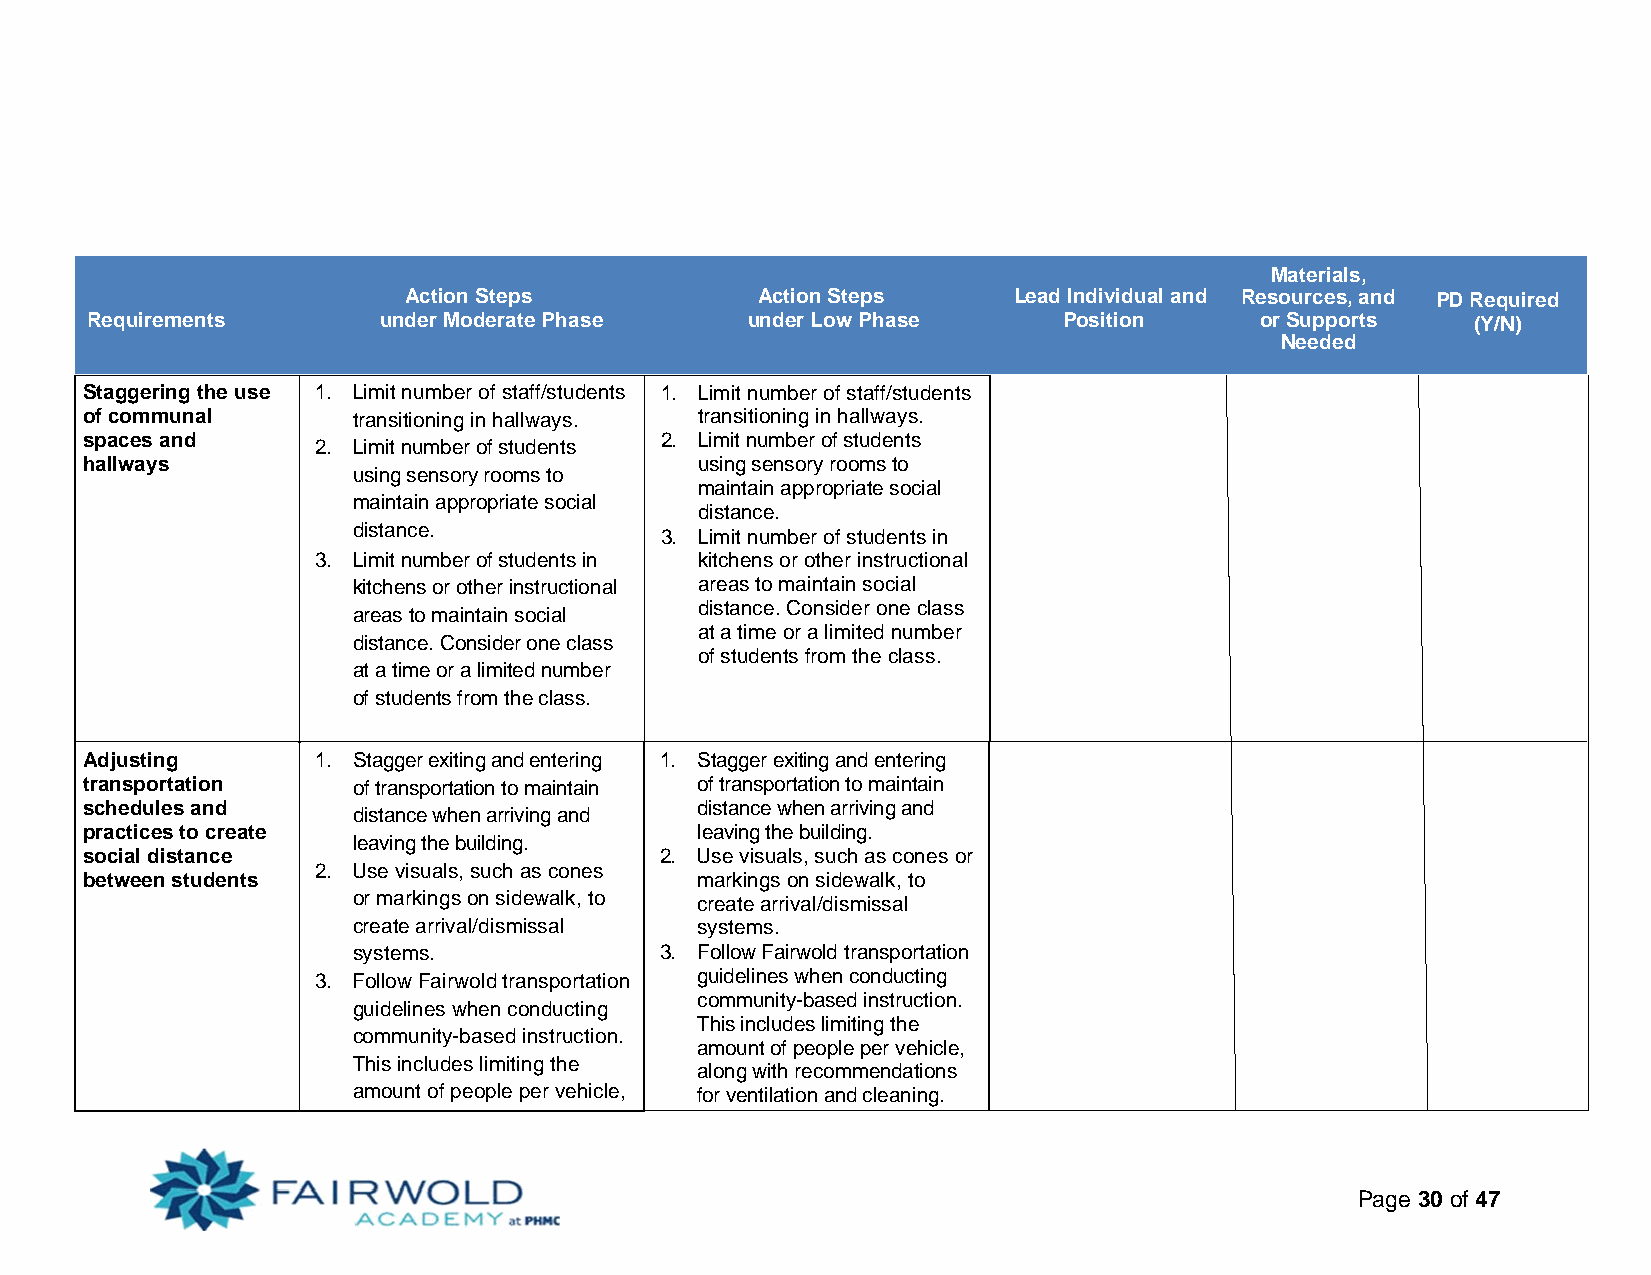
Materials,
 Action Steps           Action Steps     Lead Individual and Resources, and PD Required
 Requirements       under Moderate Phase    under Low Phase      Position     or Supports    (Y/N)
 Needed
 Staggering the use 1. Limit number of staff/students 1. Limit number of staff/students
 of communal      transitioning in hallways. transitioning in hallways.
 spaces and                            2. Limit number of students
 2. Limit number of students
 hallways                                using sensory rooms to
 using sensory rooms to
 maintain appropriate social
 maintain appropriate social
 distance.
 distance.
 3. Limit number of students in
 3. Limit number of students in kitchens or other instructional
 kitchens or other instructional areas to maintain social
 distance. Consider one class
 areas to maintain social
 at a time or a limited number
 distance. Consider one class
 of students from the class.
 at a time or a limited number
 of students from the class.
 Adjusting      1. Stagger exiting and entering 1. Stagger exiting and entering
 transportation   of transportation to maintain of transportation to maintain
 schedules and                           distance when arriving and
 distance when arriving and
 practices to create                     leaving the building.
 leaving the building.
 social distance                       2. Use visuals, such as cones or
 2. Use visuals, such as cones
 between students                        markings on sidewalk, to
 or markings on sidewalk, to create arrival/dismissal
 create arrival/dismissal systems.
 systems.             3. Follow Fairwold transportation
 3. Follow Fairwold transportation guidelines when conducting
 community-based instruction.
 guidelines when conducting
 This includes limiting the
 community-based instruction.
 amount of people per vehicle,
 This includes limiting the
 along with recommendations
 amount of people per vehicle, for ventilation and cleaning.
 Page 30 of 47